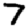
Digit: 7